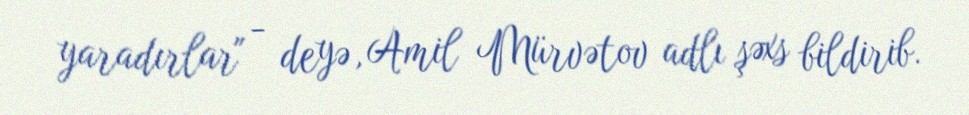
yaradırlar" - deyə, Amil Mürvətov adlı şəxs bildirib.